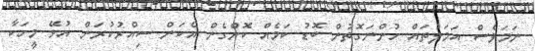
ނަމަވެސް އަމަލުތައް ހުންނަގޮތުން ބޮޑު ކަމެއް ކޮށްގެން އެކަން ސިއްރުކުރަން އުޅޭ މީހަކާ